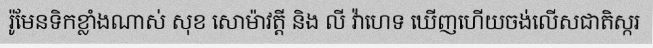
រ៉ូមែនទិកខ្លាំងណាស់ សុខ សោម៉ាវត្តី និង លី វ៉ាហេទ ឃើញហើយចង់លើសជាតិស្ករ